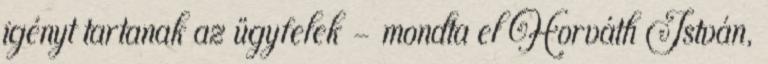
igényt tartanak az ügyfelek – mondta el Horváth István,